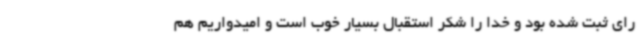
رای ثبت شده بود و خدا را شکر استقبال بسیار خوب است و امیدواریم هم